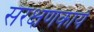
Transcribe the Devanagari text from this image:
संरक्षणकार्य